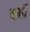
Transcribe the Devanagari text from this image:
बार्बो